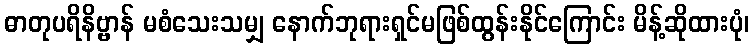
ဓာတုပရိနိဗ္ဗာန် မစံသေးသမျှ နောက်ဘုရားရှင်မဖြစ်ထွန်းနိုင်ကြောင်း မိန့်ဆိုထားပုံ၊